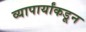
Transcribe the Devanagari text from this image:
व्यापार्यांकडून